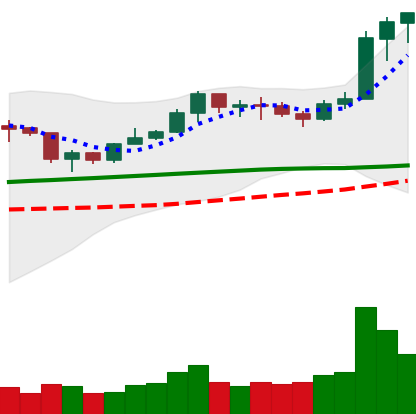
Ticker: LINK-USD
Chart end date: 2020-02-09
Forward return: 26.948%
Label: up_7plus